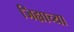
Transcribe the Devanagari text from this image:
जिह्याच्‍या